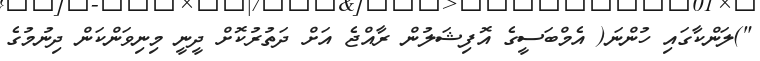
")ލަންކާގައި ހުންނަ( އެމްބަސީގެ އޮފިޝަލުން ރާއްޖެ އަށް ދަތުރުކޮށް ދީނީ މިނިވަންކަން ދިނުމުގެ